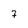
Character: 7